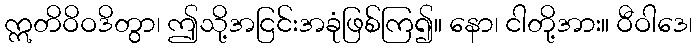
ဣတိဝိဝဒိတွာ၊ ဤသို့အငြင်းအခုံဖြစ်ကြ၍။ နော၊ ငါတို့အား။ ဝီဝါဒေ၊